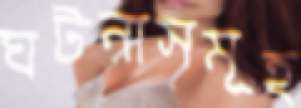
ঘটনাসমূহ